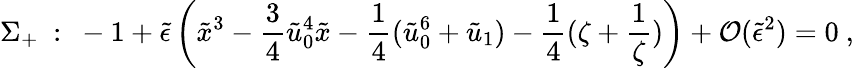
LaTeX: \Sigma_{+}\ :\ -1+\tilde{\epsilon}\left(\tilde{x}^{3}-\frac{3}{4}\tilde{u}_{0}^{4}\tilde{x}-\frac{1}{4}(\tilde{u}_{0}^{6}+\tilde{u}_{1})-\frac{1}{4}(\zeta+\frac{1}{\zeta})\right)+{\cal O}(\tilde{\epsilon}^{2})=0\ ,